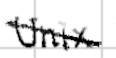
Text: Unix
Cross-out: diagonal
Writing tool: digital_black